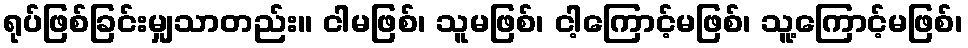
ရုပ်ဖြစ်ခြင်းမျှသာတည်း။ ငါမဖြစ်၊ သူမဖြစ်၊ ငါ့ကြောင့်မဖြစ်၊ သူ့ကြောင့်မဖြစ်၊